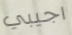
اجيبي